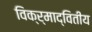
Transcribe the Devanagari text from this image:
विक्र्माद्वितीय